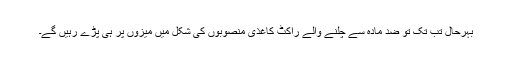
بہرحال تب تک تو ضد مادّہ سے چلنے والے راکٹ کاغذی منصوبوں کی شکل میں میزوں پر ہی پڑے رہیں گے۔